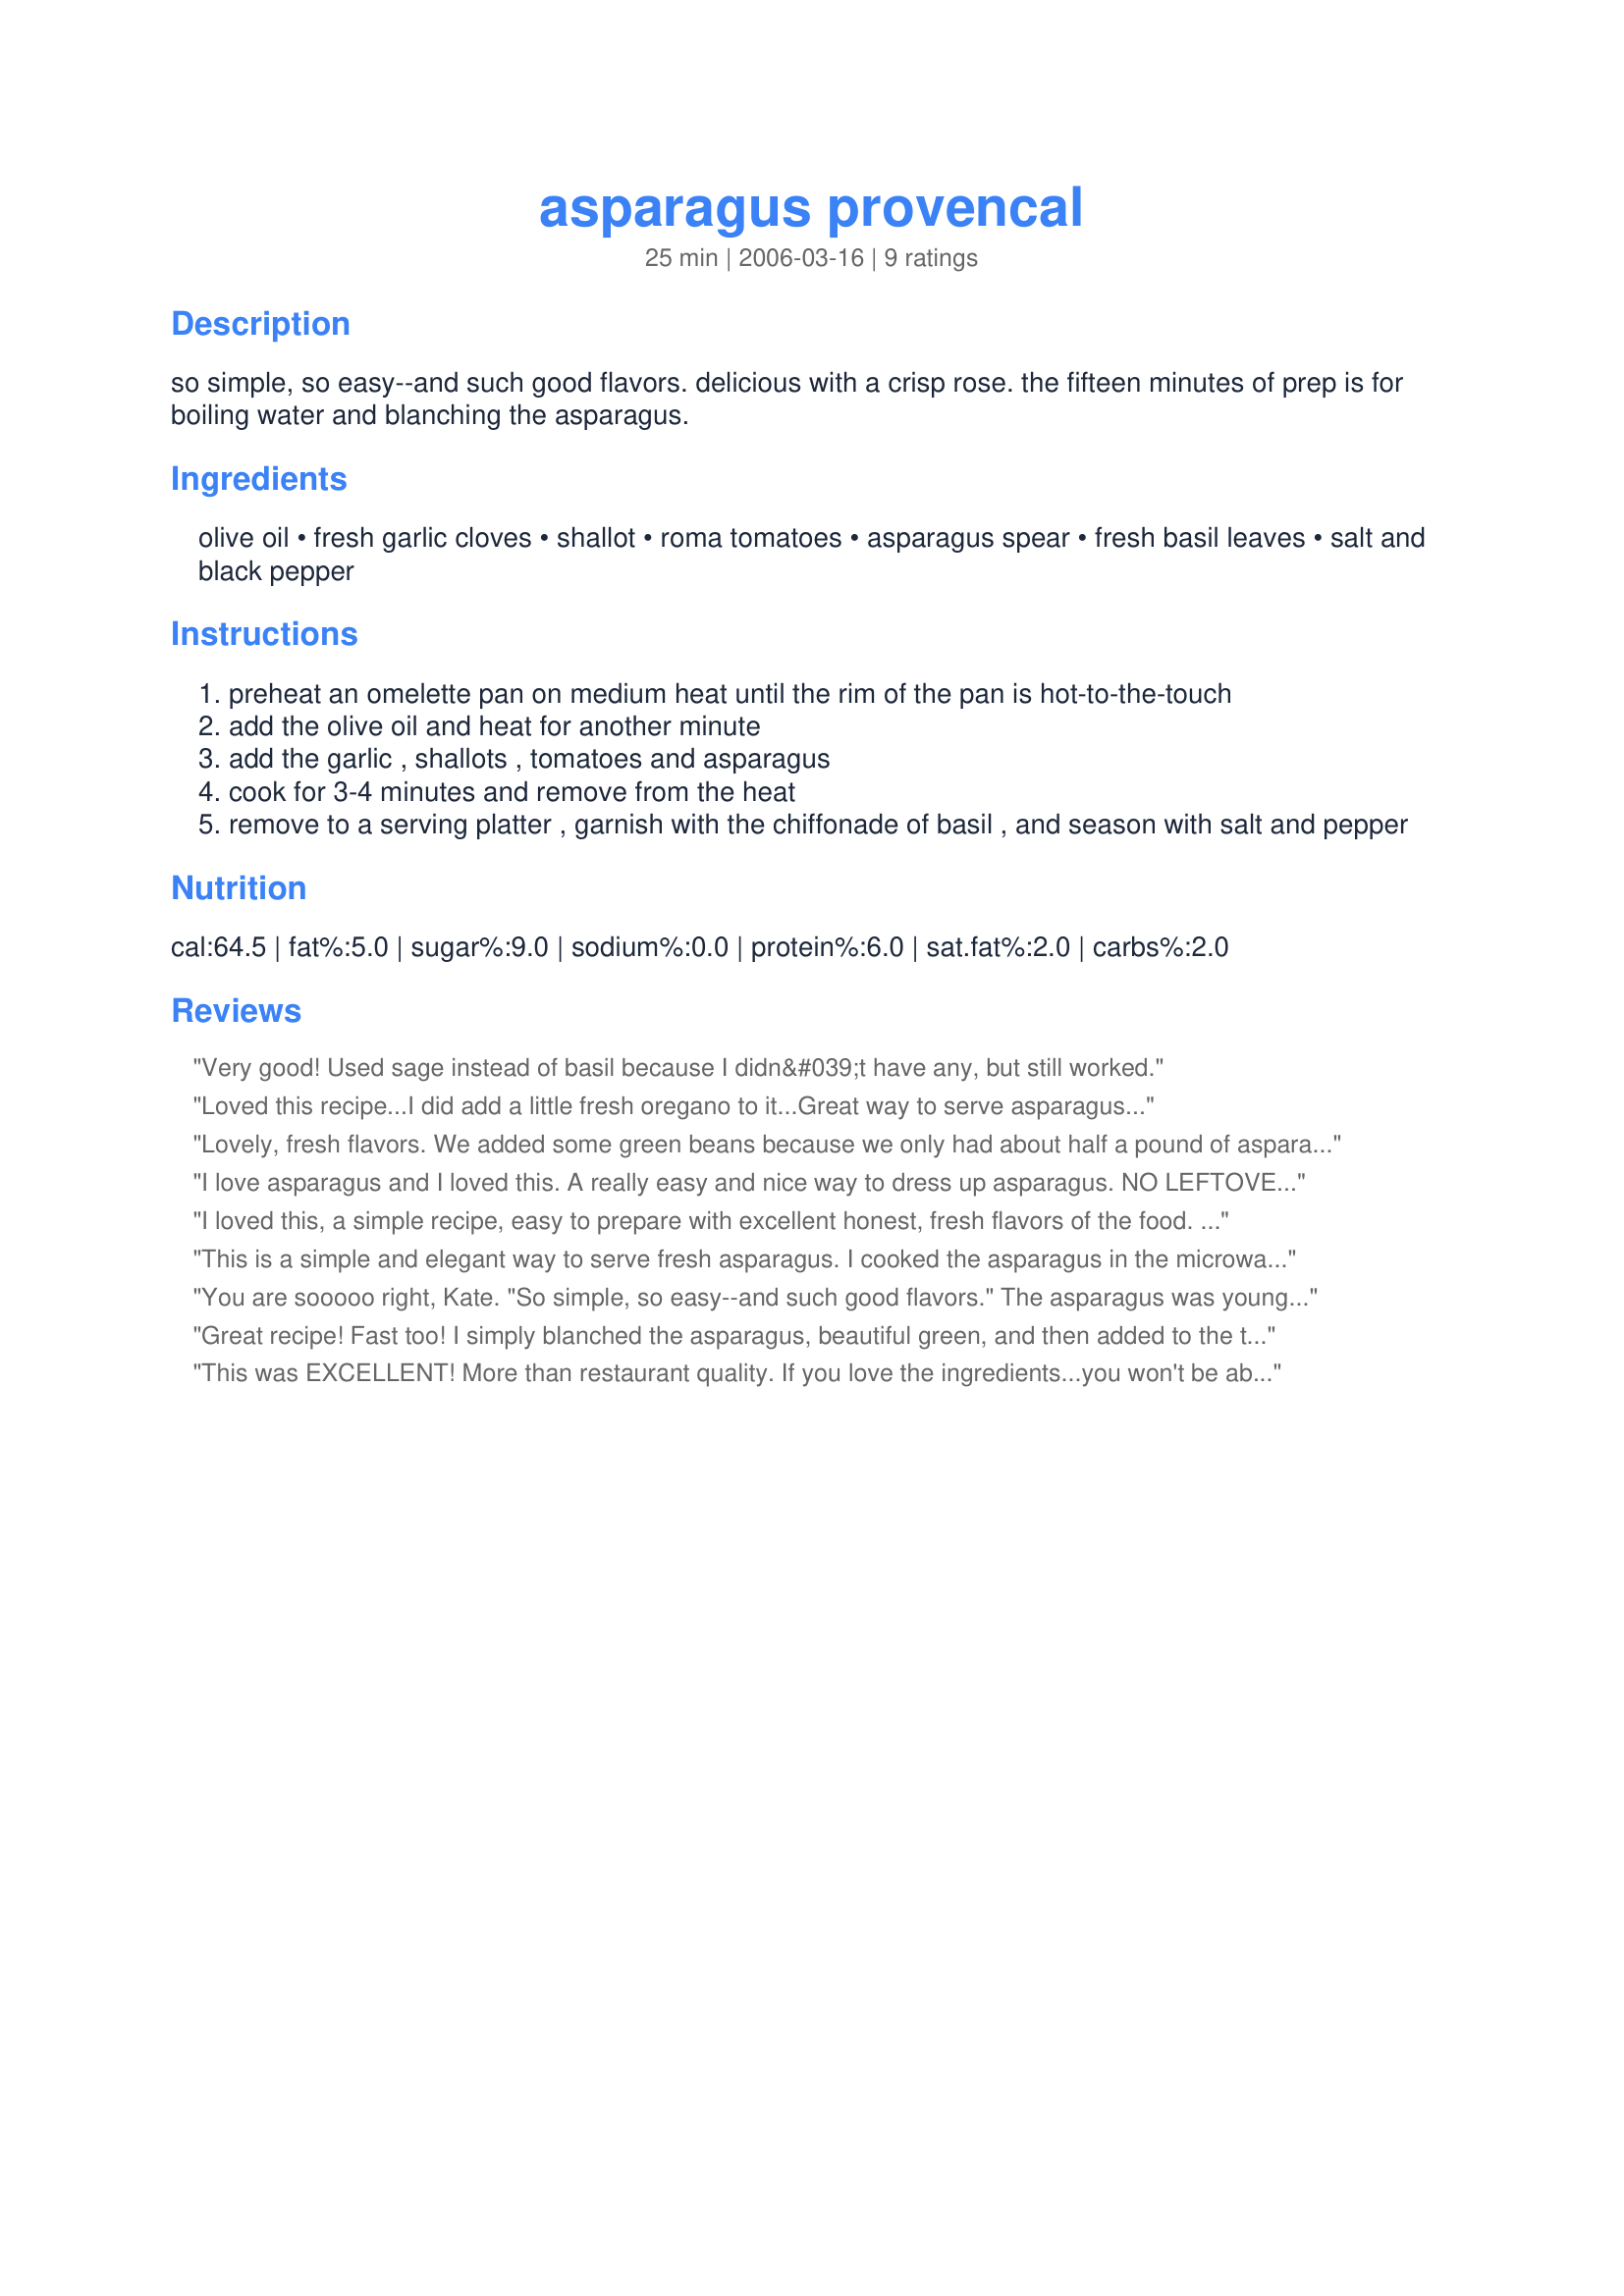
asparagus provencal
Preparation time: 25 minutes

so simple, so easy--and such good flavors. delicious with a crisp rose. the fifteen minutes of prep is for boiling water and blanching the asparagus.

Ingredients:
olive oil, fresh garlic cloves, shallot, roma tomatoes, asparagus spear, fresh basil leaves, salt and black pepper

Steps:
preheat an omelette pan on medium heat until the rim of the pan is hot-to-the-touch
add the olive oil and heat for another minute
add the garlic , shallots , tomatoes and asparagus
cook for 3-4 minutes and remove from the heat
remove to a serving platter , garnish with the chiffonade of basil , and season with salt and pepper

Reviews:
Very good! Used sage instead of basil because I didn&#039;t have any, but still worked.
Loved this recipe...I did add a little fresh oregano to it...Great way to serve asparagus...
Lovely, fresh flavors. We added some green beans because we only had about half a pound of asparagus. We also used sweet cherry tomatoes rather than romas simply b/c they were in season here. Light, flavorful and yummy!
I love asparagus and I loved this. A really easy and nice way to dress up asparagus. NO LEFTOVERS!! Made for ZWT III
I loved this, a simple recipe, easy to prepare with excellent honest, fresh flavors of the food.
A perfect side dish for so many meals. I will be making this again! Thank you.
ZWT3
This is a simple and elegant way to serve fresh asparagus. I cooked the asparagus in the microwave until crisp tender and proceeded with recipe as specified. The fresh basil really adds the crowning touch.
You are sooooo right, Kate. "So simple, so easy--and such good flavors."
The asparagus was young and so tender; the combination of red roma, and green asparagus, added to the flavour. All was consumed by 11 eager, Easter dinner guests. My sister copied the entire menu and printed a copy for everyone. Dinner was an adventure, your Asparagus Provencal one of the highlights.... Thank you Kate for sharing,
Great recipe! Fast too! I simply blanched the asparagus, beautiful green, and then added to the tomato, shallot, garlic and basil mixture. How nice....this was. Refreshing on a hot day, and the taste was as fresh as Spring.
This was EXCELLENT! More than restaurant quality. If you love the ingredients...you won't be able to help but love this. I had a lot of very nice ripe sweet tomatoes available when I made this recipe so I ended up using about 8 tomatoes in this recipe (you can use as many as you want and I don't think it would hinder this recipe at all) and I increased the shallots and garlic. The fresh basil was perfect for this. I think even an asparagus hater couldn't help but love this because asparagus wasn't the overwhelming flavor in this. It was a nice blend of all ingredients. This was really great and will be a staple in my house.
